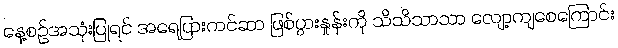
နေ့စဉ်အသုံးပြုရင် အရေပြားကင်ဆာ ဖြစ်ပွားနှုန်းကို သိသိသာသာ လျော့ကျစေကြောင်း